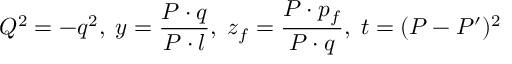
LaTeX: Q ^ { 2 } = - q ^ { 2 } , \; y = \frac { P \cdot q } { P \cdot l } , \; z _ { f } = \frac { P \cdot p _ { f } } { P \cdot q } , \; t = ( P - P ^ { \prime } ) ^ { 2 }